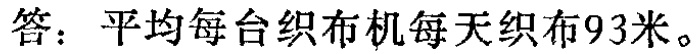
答：平均每台织布机每天织布93米。